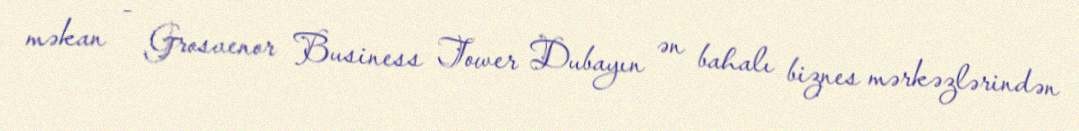
məkan - Grosvenor Business Tower Dubayın ən bahalı biznes mərkəzlərindən